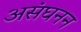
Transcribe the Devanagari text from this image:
असंघनन